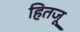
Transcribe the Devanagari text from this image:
हितजू